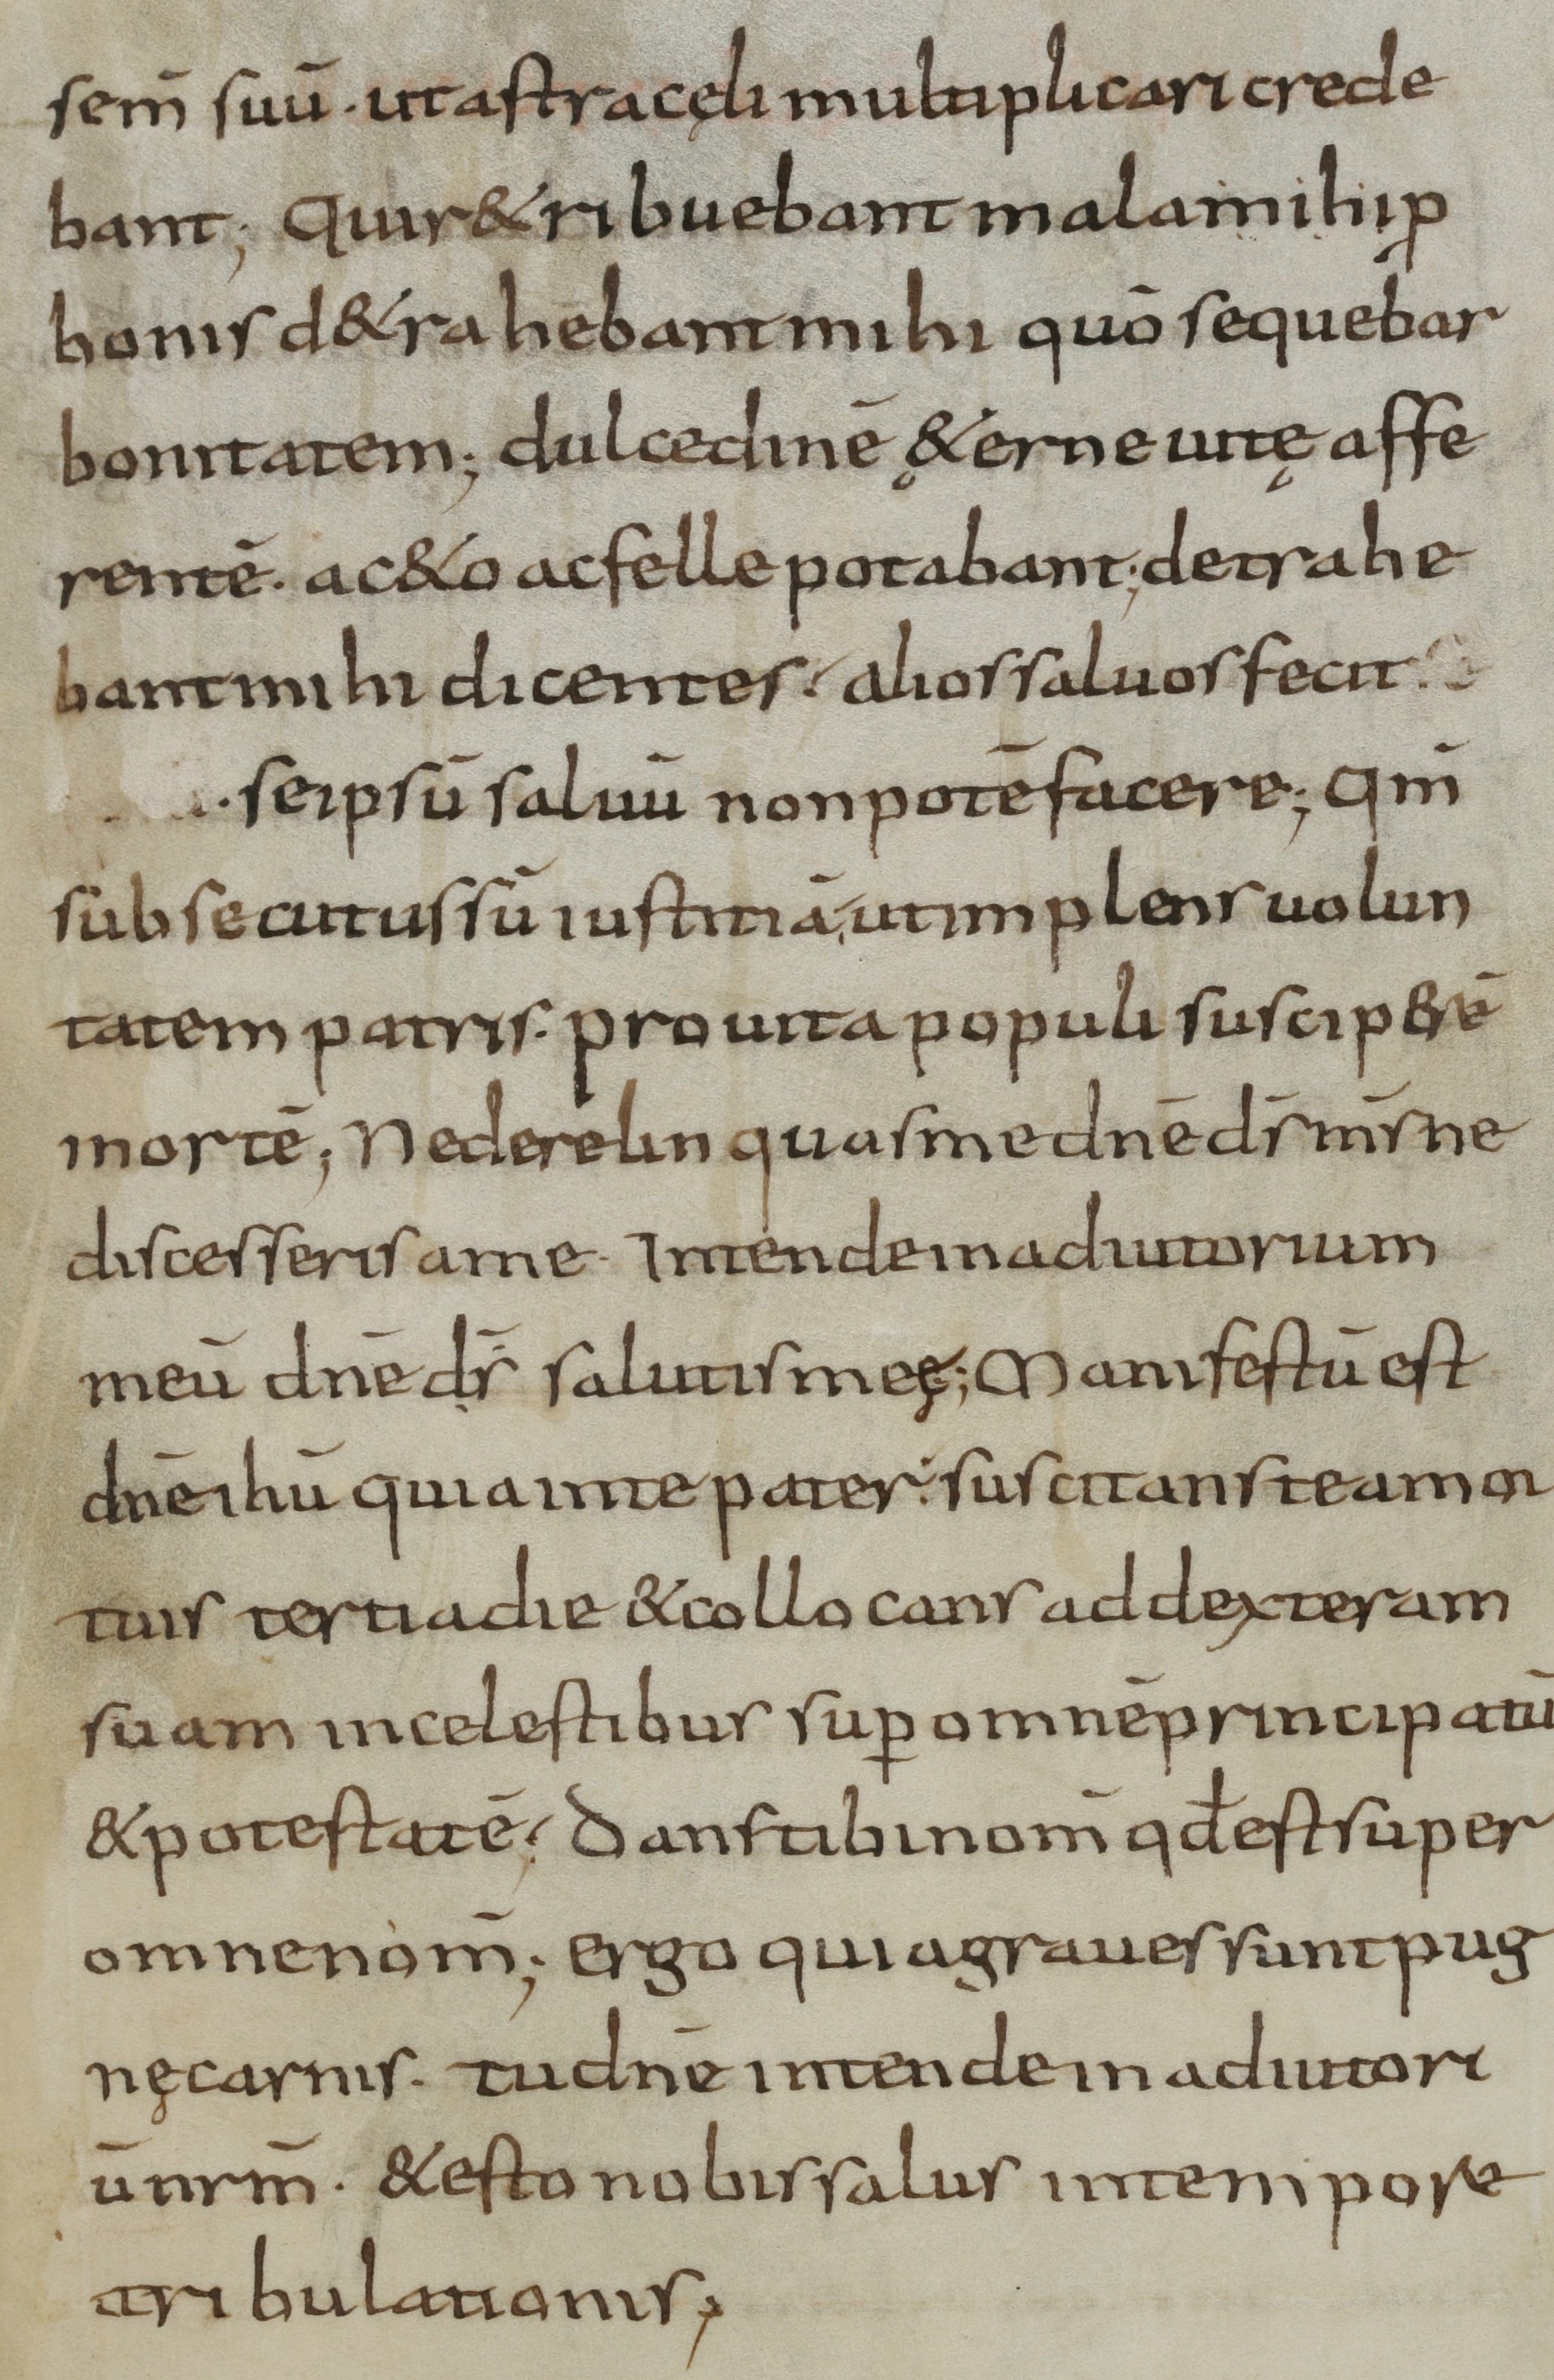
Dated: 900–999